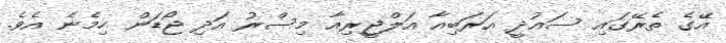
އޭގެ ތެރޭގައި ސައުދީ އަރަބިއާ އަލްޖީރިއާ މިސްރު އަދި ޖޯޑަން ހިމެނެ އެވެ.